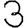
Digit: 3